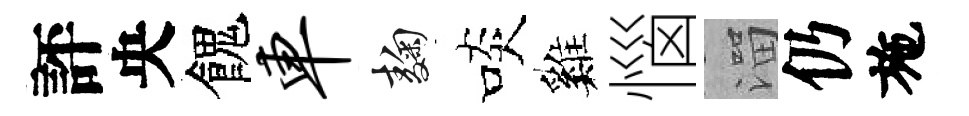
評央餽车麹啖巍惱溜仍施